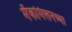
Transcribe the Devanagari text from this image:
मॅकमिलनच्या